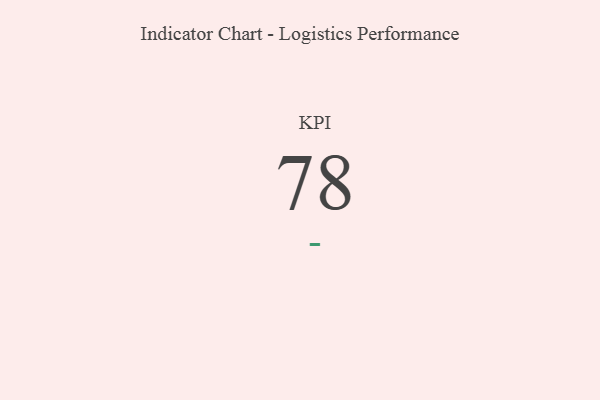
{"axis": {"x": "KPI", "y": "Value"}, "legend": [""], "data": [{"x": "KPI", "y": 78, "type": ""}]}